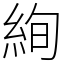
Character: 絢